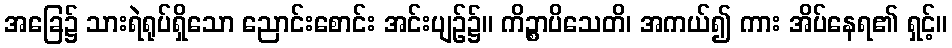
အခြေ၌ သားရဲရုပ်ရှိသော ညောင်းစောင်း အင်းပျဉ်၌။ ကိဉ္စာပိသေတိ၊ အကယ်၍ ကား အိပ်နေရ၏ ရှင့်။